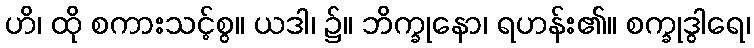
ဟိ၊ ထို စကားသင့်စွ။ ယဒါ၊ ၌။ ဘိက္ခုနော၊ ရဟန်း၏။ စက္ခုဒွါရေ၊